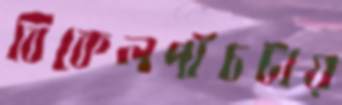
বিকেলপাঁচটায়